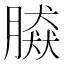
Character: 𦠎